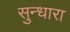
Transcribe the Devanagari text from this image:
सुन्धारा